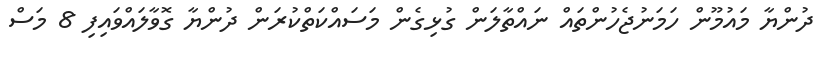
ދުންޔާ މައުމޫން ހަމަނުޖެހުންތައް ނައްތާލަން ގުޅިގެން މަސައްކަތްކުރަން ދުންޔާ ގޮވާލައްވައިފި 8 މަސް